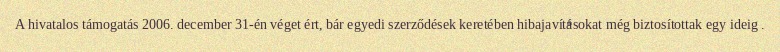
A hivatalos támogatás 2006. december 31-én véget ért, bár egyedi szerződések keretében hibajavításokat még biztosítottak egy ideig .